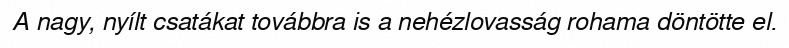
A nagy, nyílt csatákat továbbra is a nehézlovasság rohama döntötte el.